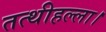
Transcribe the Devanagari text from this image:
तत्थीहल्ला।